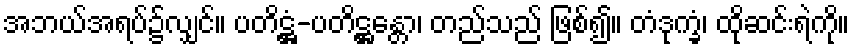
အဘယ်အရပ်၌လျှင်။ ပတိဋ္ဌံ-ပတိဋ္ဌန္တော၊ တည်သည် ဖြစ်၍။ တံဒုက္ခံ၊ ထိုဆင်းရဲကို။